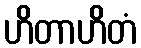
ဟိတာဟိတံ